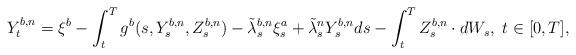
LaTeX: \begin{align*} Y_t^{b,n}=\xi^b-\int_{t}^{T} g^b(s,Y^{b,n}_s,Z_s^{b,n})-\tilde\lambda_s^{b,n} \xi_s^a +\tilde\lambda_s^n Y_s^{b,n} ds-\int_{t}^{T}Z_s^{b,n} \cdot dW_s, ~t\in[0, T],\end{align*}